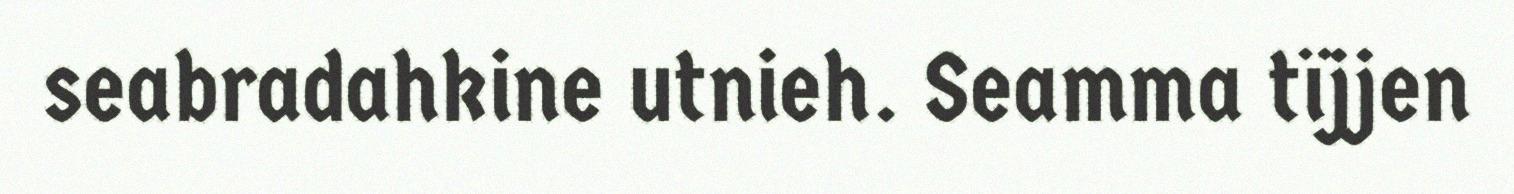
seabradahkine utnieh. Seamma tïjjen